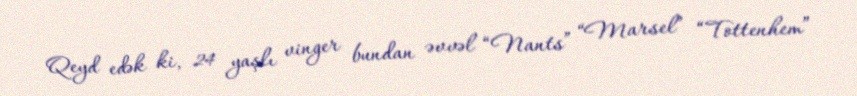
Qeyd edək ki, 24 yaşlı vinger bundan əvvəl “Nants” “Marsel” “Tottenhem”